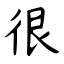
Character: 很